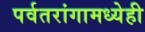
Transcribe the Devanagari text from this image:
पर्वतरांगामध्येही